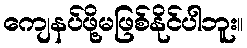
ကျေနပ်ဖို့မဖြစ်နိုင်ပါဘူး။